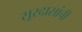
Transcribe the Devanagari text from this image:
सूरदासांची